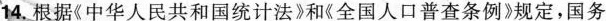
14，根据《中华人民共和国统计法》和《全国人口普查条例》规定，国务